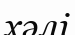
хәлі